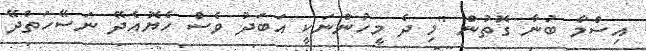
އިސްމާ ބުނާ ގޮތުން "މި ދެ މީހުންނަކީ އަބަދު ވެސް ހެޔޮއެދޭ ނަސޭހަތްދޭ